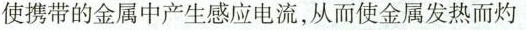
使携带的金属中产生感应电流，从而使金属发热而灼